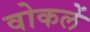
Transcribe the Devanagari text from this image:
वोकलें